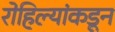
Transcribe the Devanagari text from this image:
रोहिल्यांकडून